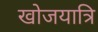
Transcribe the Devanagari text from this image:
खोजयात्रि